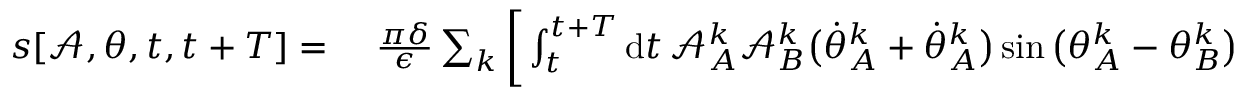
\begin{array} { r l } { s [ \mathcal { A } , \theta , t , t + T ] = ~ } & { { } \frac { \pi \delta } { \epsilon } \sum _ { k } \bigg [ \int _ { t } ^ { t + T } \mathrm { d } t \, \mathcal { A } _ { A } ^ { k } \mathcal { A } _ { B } ^ { k } \big ( \dot { \theta } _ { A } ^ { k } + \dot { \theta } _ { A } ^ { k } \big ) \sin \big ( \theta _ { A } ^ { k } - \theta _ { B } ^ { k } \big ) + \int _ { t } ^ { t + T } \mathrm { d } t \, \big ( \dot { \mathcal { A } } _ { B } ^ { k } \mathcal { A } _ { A } ^ { k } - \dot { \mathcal { A } } _ { A } ^ { k } \mathcal { A } _ { B } ^ { k } \big ) \cos \big ( \theta _ { A } ^ { k } - \theta _ { B } ^ { k } \big ) \bigg ] \, . } \end{array}